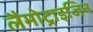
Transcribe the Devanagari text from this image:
लैमोट्राइजिन